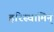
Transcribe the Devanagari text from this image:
हरिस्वामिन्